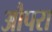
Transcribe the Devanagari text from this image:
औपरा